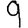
Digit: 9